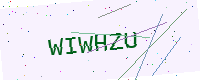
Text: WIWHZU